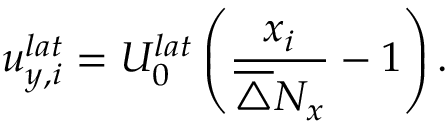
u _ { y , i } ^ { l a t } = U _ { 0 } ^ { l a t } \left( \frac { x _ { i } } { \overline { { \triangle } } N _ { x } } - 1 \right) .